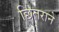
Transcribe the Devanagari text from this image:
छितराने